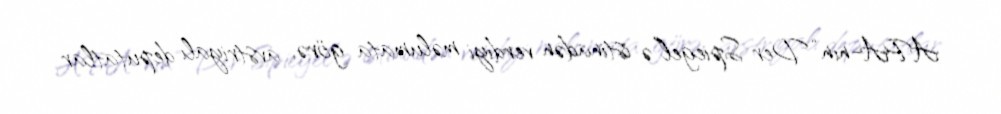
APA-nın “Der Spiegel”ə istinadən verdiyi məlumata görə, avstriyalı deputatlar